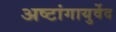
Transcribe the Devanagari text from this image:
अष्टांगायुर्वेद